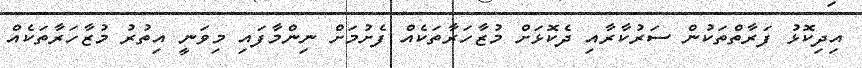
އިދިކޮޅު ފަރާތްތަކުން ސަރުކާރާއި ދެކޮޅަށް މުޒާހަރާތަކެއް ފެށުމަށް ނިންމާފައި މިވަނީ އިތުރު މުޒާހަރާތަކެއް